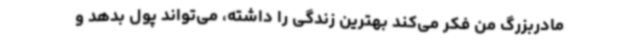
مادربزرگ من فکر می‌کند بهترین زندگی را داشته، می‌تواند پول بدهد و